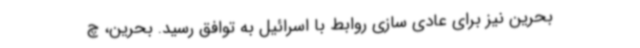
بحرین نیز برای عادی سازی روابط با اسرائیل به توافق رسید. بحرین، چ